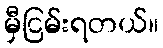
မှီငြမ်းရတယ်။